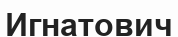
Игнатович